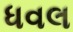
ધવલ